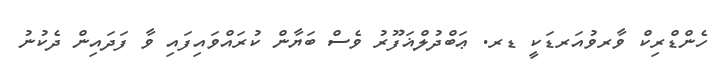
ހެންޑްރިކް ވާރވުއަރޑަކީ ޑރ. ޢަބްދުލްޣަފޫރު ވެސް ބަޔާން ކުރައްވައިފައި ވާ ފަދައިން ދެކުނު